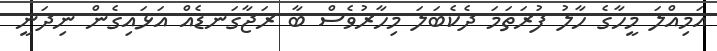
އަމިއްލަ މީހާގެ ހާލު ފުރަތަމަ ދެކެބަލަ މިހާރުވެސް ބާ ރަޖާގަނޑެއް އަޅައިގެން ނިދަނީ